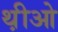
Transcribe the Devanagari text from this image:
थ़ीओ